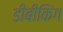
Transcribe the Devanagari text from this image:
डीबीकिंग